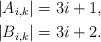
LaTeX: \begin{align*}|A_{i,k}| & = 3 i + 1,\\|B_{i,k}| & = 3 i +2.\end{align*}